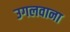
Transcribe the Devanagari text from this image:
उगलवाना